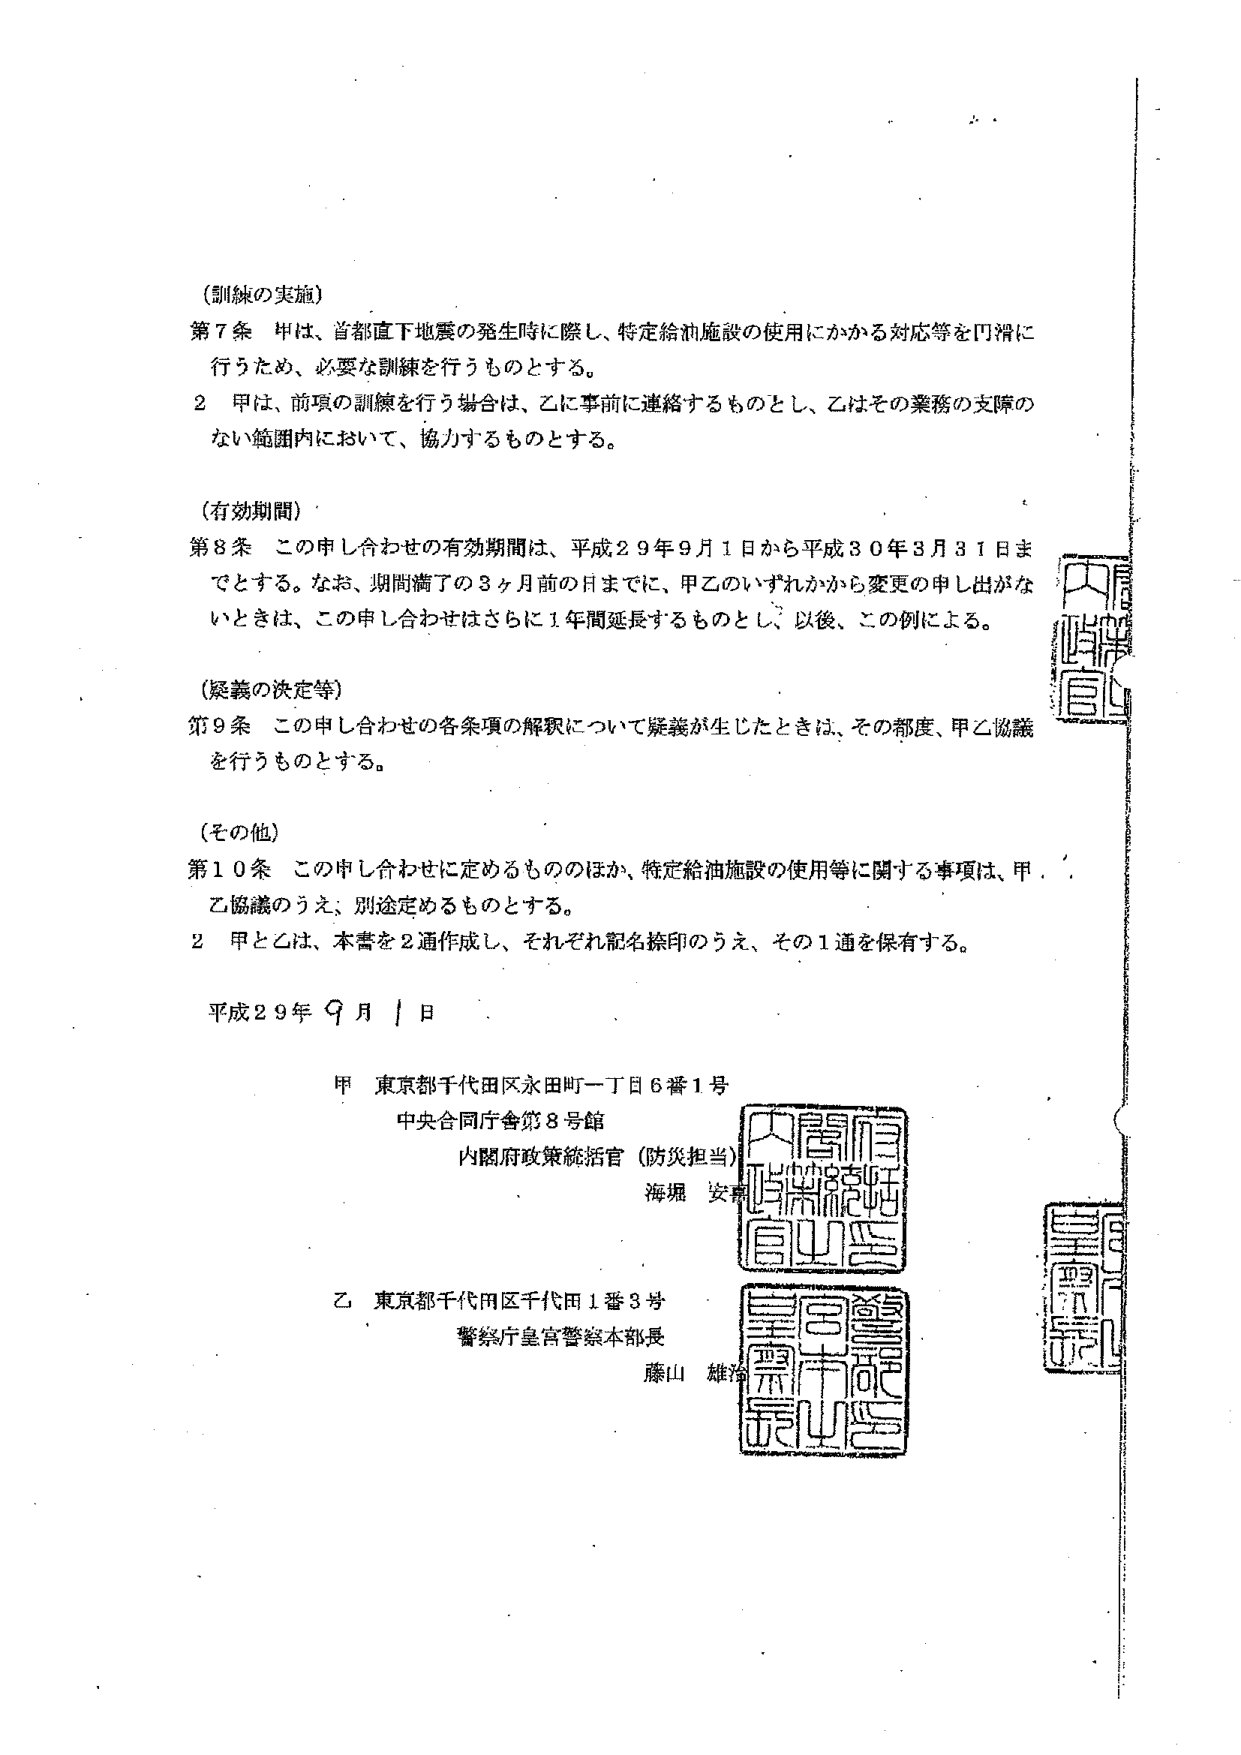
(訓練の実施)
第7条 甲は、首都直下地震の発生時に際し、特定給油施設の使用にかかる対応等を円滑に行うため、必要な訓練を行うものとする。
2 甲は、前項の訓練を行う場合は、乙に事前に連絡するものとし、乙はその業務の支障のない範囲内において、協力するものとする。

(有効期間)
第8条 この申し合わせの有効期間は、平成29年9月1日から平成30年3月31日までとする。なお、期間満了の3ヶ月前の日までに、甲乙のいずれかから変更の申し出がないときは、この申し合わせはさらに1年間延長するものとし、以後、この例による。

(疑義の決定等)
第9条 この申し合わせの各条項の解釈について疑義が生じたときは、その都度、甲乙協議を行うものとする。

(その他)
第10条 この申し合わせに定めるもののほか、特定給油施設の使用等に関する事項は、甲乙協議のうえ、別途定めるものとする。
2 甲と乙は、本書を2通作成し、それぞれ記名捺印のうえ、その1通を保有する。

平成29年9月1日

甲 東京都千代田区永田町一丁目6番1号
中央合同庁舎第8号館
内閣府政策統括官（防災担当）
海堀 安彦

乙 東京都千代田区千代田1番3号
警察庁皇宮警察本部長
藤山 雄治

内閣府
政策統括官
皇宮警察本部長